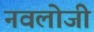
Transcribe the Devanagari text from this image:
नवलोजी